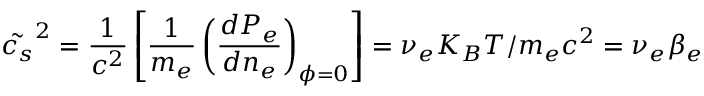
\tilde { c _ { s } } ^ { 2 } = \frac { 1 } { c ^ { 2 } } \left[ \frac { 1 } { m _ { e } } \left( \frac { d P _ { e } } { d n _ { e } } \right) _ { \phi = 0 } \right] = \nu _ { e } K _ { B } T / m _ { e } c ^ { 2 } = \nu _ { e } \beta _ { e }